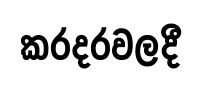
කරදරවලදී